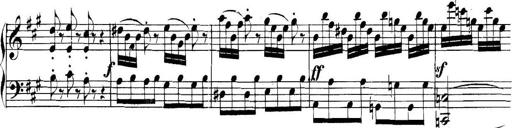
Title: Collected Piano Sonatas
Composer: Muzio Clementi